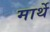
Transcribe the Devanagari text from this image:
मार्थे